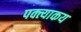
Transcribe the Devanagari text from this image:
पक्त्याकय